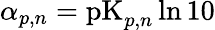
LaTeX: \alpha_{p,n}=\mathrm{pK}_{p,n}\ln{10}